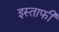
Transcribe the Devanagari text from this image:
इस्ताफी